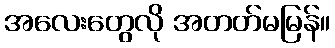
အလေးတွေလို အတတ်မမြန်။